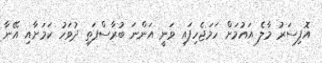
އޮފިސަރު މާލެ އައުމަށް ހަމަޖެހިފައި ވަނީ އަންނަ ބުރާސްފަތި ދުވަހު ކަމަށާއި އޭނާ